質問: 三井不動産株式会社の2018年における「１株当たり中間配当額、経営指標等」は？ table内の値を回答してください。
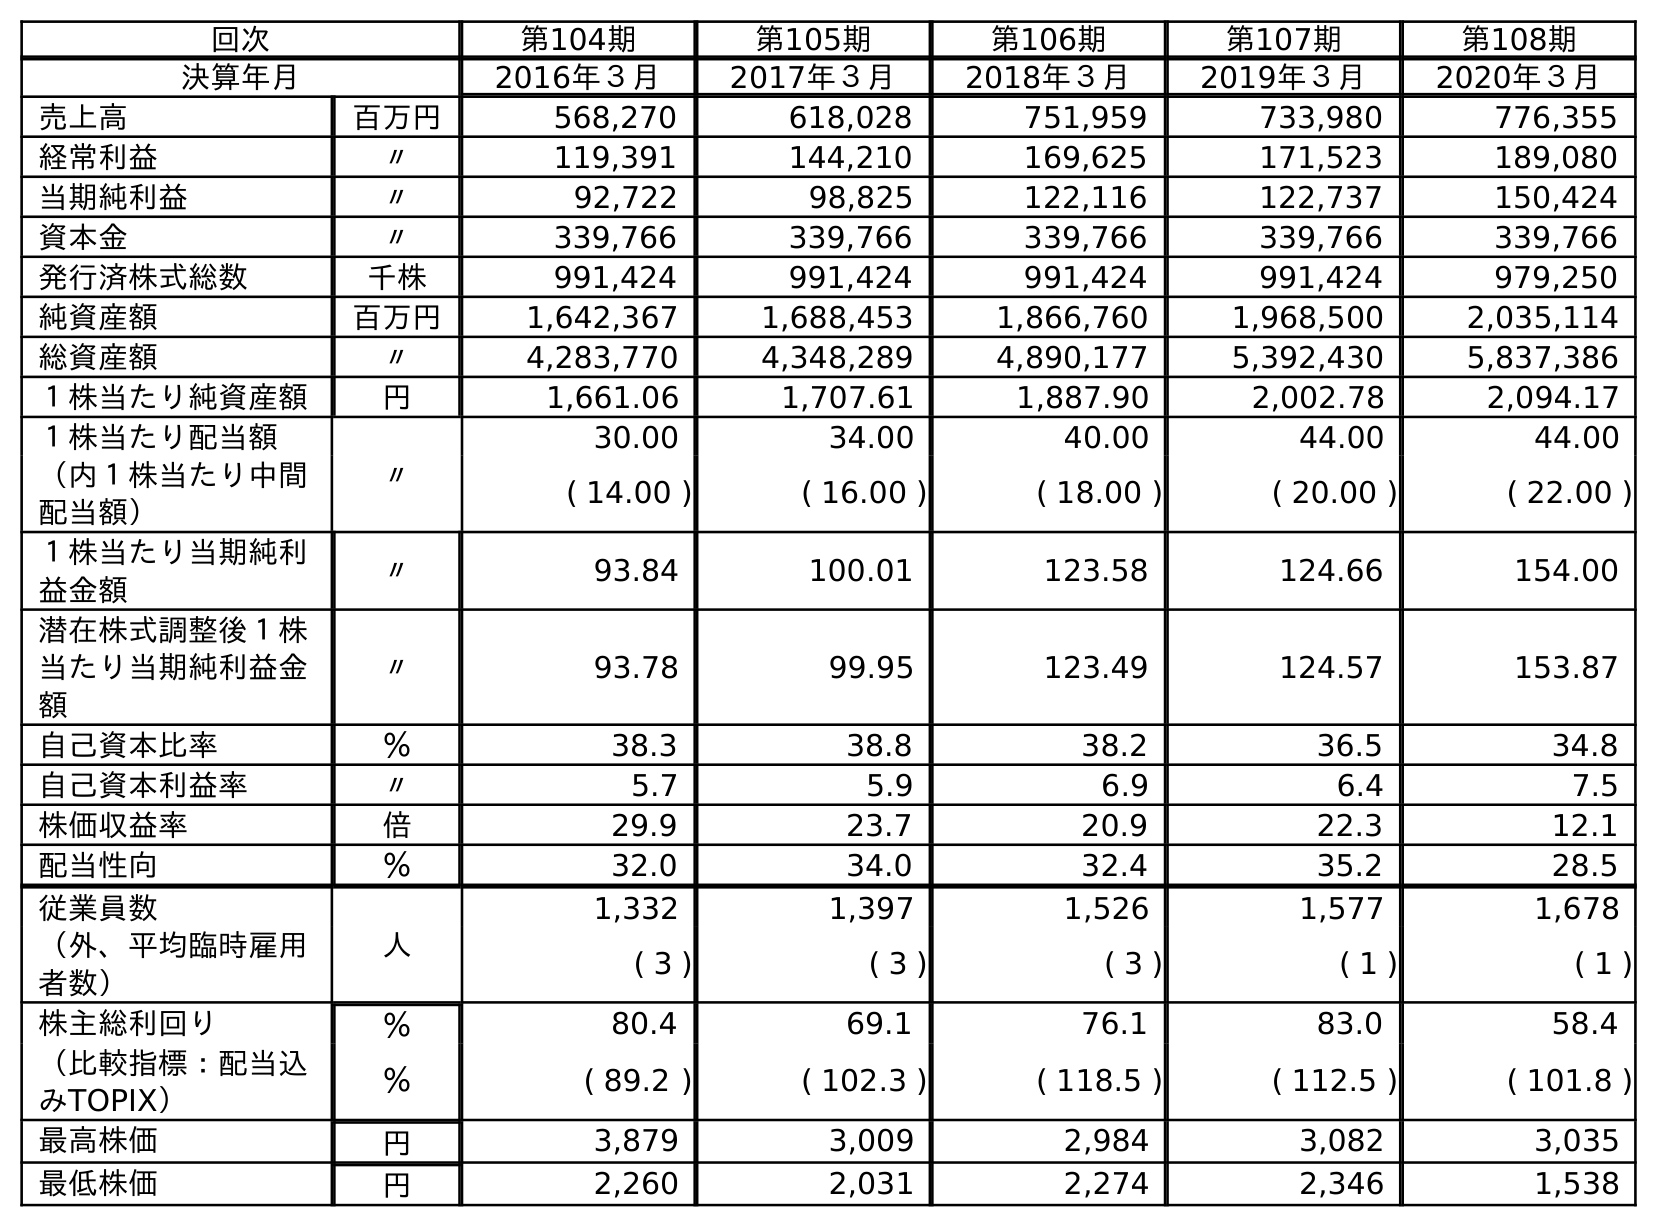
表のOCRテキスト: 回次 第104期 第105期 第106期 第107期 第108期 決算年月 2016年３月 2017年３月 2018年３月 2019年３月 2020年３月 売上高 百万円 568,270 618,028 751,959 733,980 776,355 経常利益 〃 119,391 144,210 169,625 171,523 189,080 当期純利益 〃 92,722 98,825 122,116 122,737 150,424 資本金 〃 339,766 339,766 339,766 339,766 339,766 発行済株式総数 千株 991,424 991,424 991,424 991,424 979,250 純資産額 百万円 1,642,367 1,688,453 1,866,760 1,968,500 2,035,114 総資産額 〃 4,283,770 4,348,289 4,890,177 5,392,430 5,837,386 １株当たり純資産額 円 1,661.06 1,707.61 1,887.90 2,002.78 2,094.17 １株当たり配当額 〃 30.00 34.00 40.00 44.00 44.00 （内１株当たり中間 配当額） ( 14.00 ) ( 16.00 ) ( 18.00 ) ( 20.00 ) ( 22.00 ) １株当たり当期純利 益金額 〃 93.84 100.01 123.58 124.66 154.00 潜在株式調整後１株 当たり当期純利益金 額 〃 93.78 99.95 123.49 124.57 153.87 自己資本比率 ％ 38.3 38.8 38.2 36.5 34.8 自己資本利益率 〃 5.7 5.9 6.9 6.4 7.5 株価収益率 倍 29.9 23.7 20.9 22.3 12.1 配当性向 ％ 32.0 34.0 32.4 35.2 28.5 従業員数 人 1,332 1,397 1,526 1,577 1,678 （外、平均臨時雇用 者数） ( 3 ) ( 3 ) ( 3 ) ( 1 ) ( 1 ) 株主総利回り ％ 80.4 69.1 76.1 83.0 58.4 （比較指標：配当込 みTOPIX） ％ ( 89.2 ) ( 102.3 ) ( 118.5 ) ( 112.5 ) ( 101.8 ) 最高株価 円 3,879 3,009 2,984 3,082 3,035 最低株価 円 2,260 2,031 2,274 2,346 1,538
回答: (18.00)